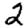
Digit: 2